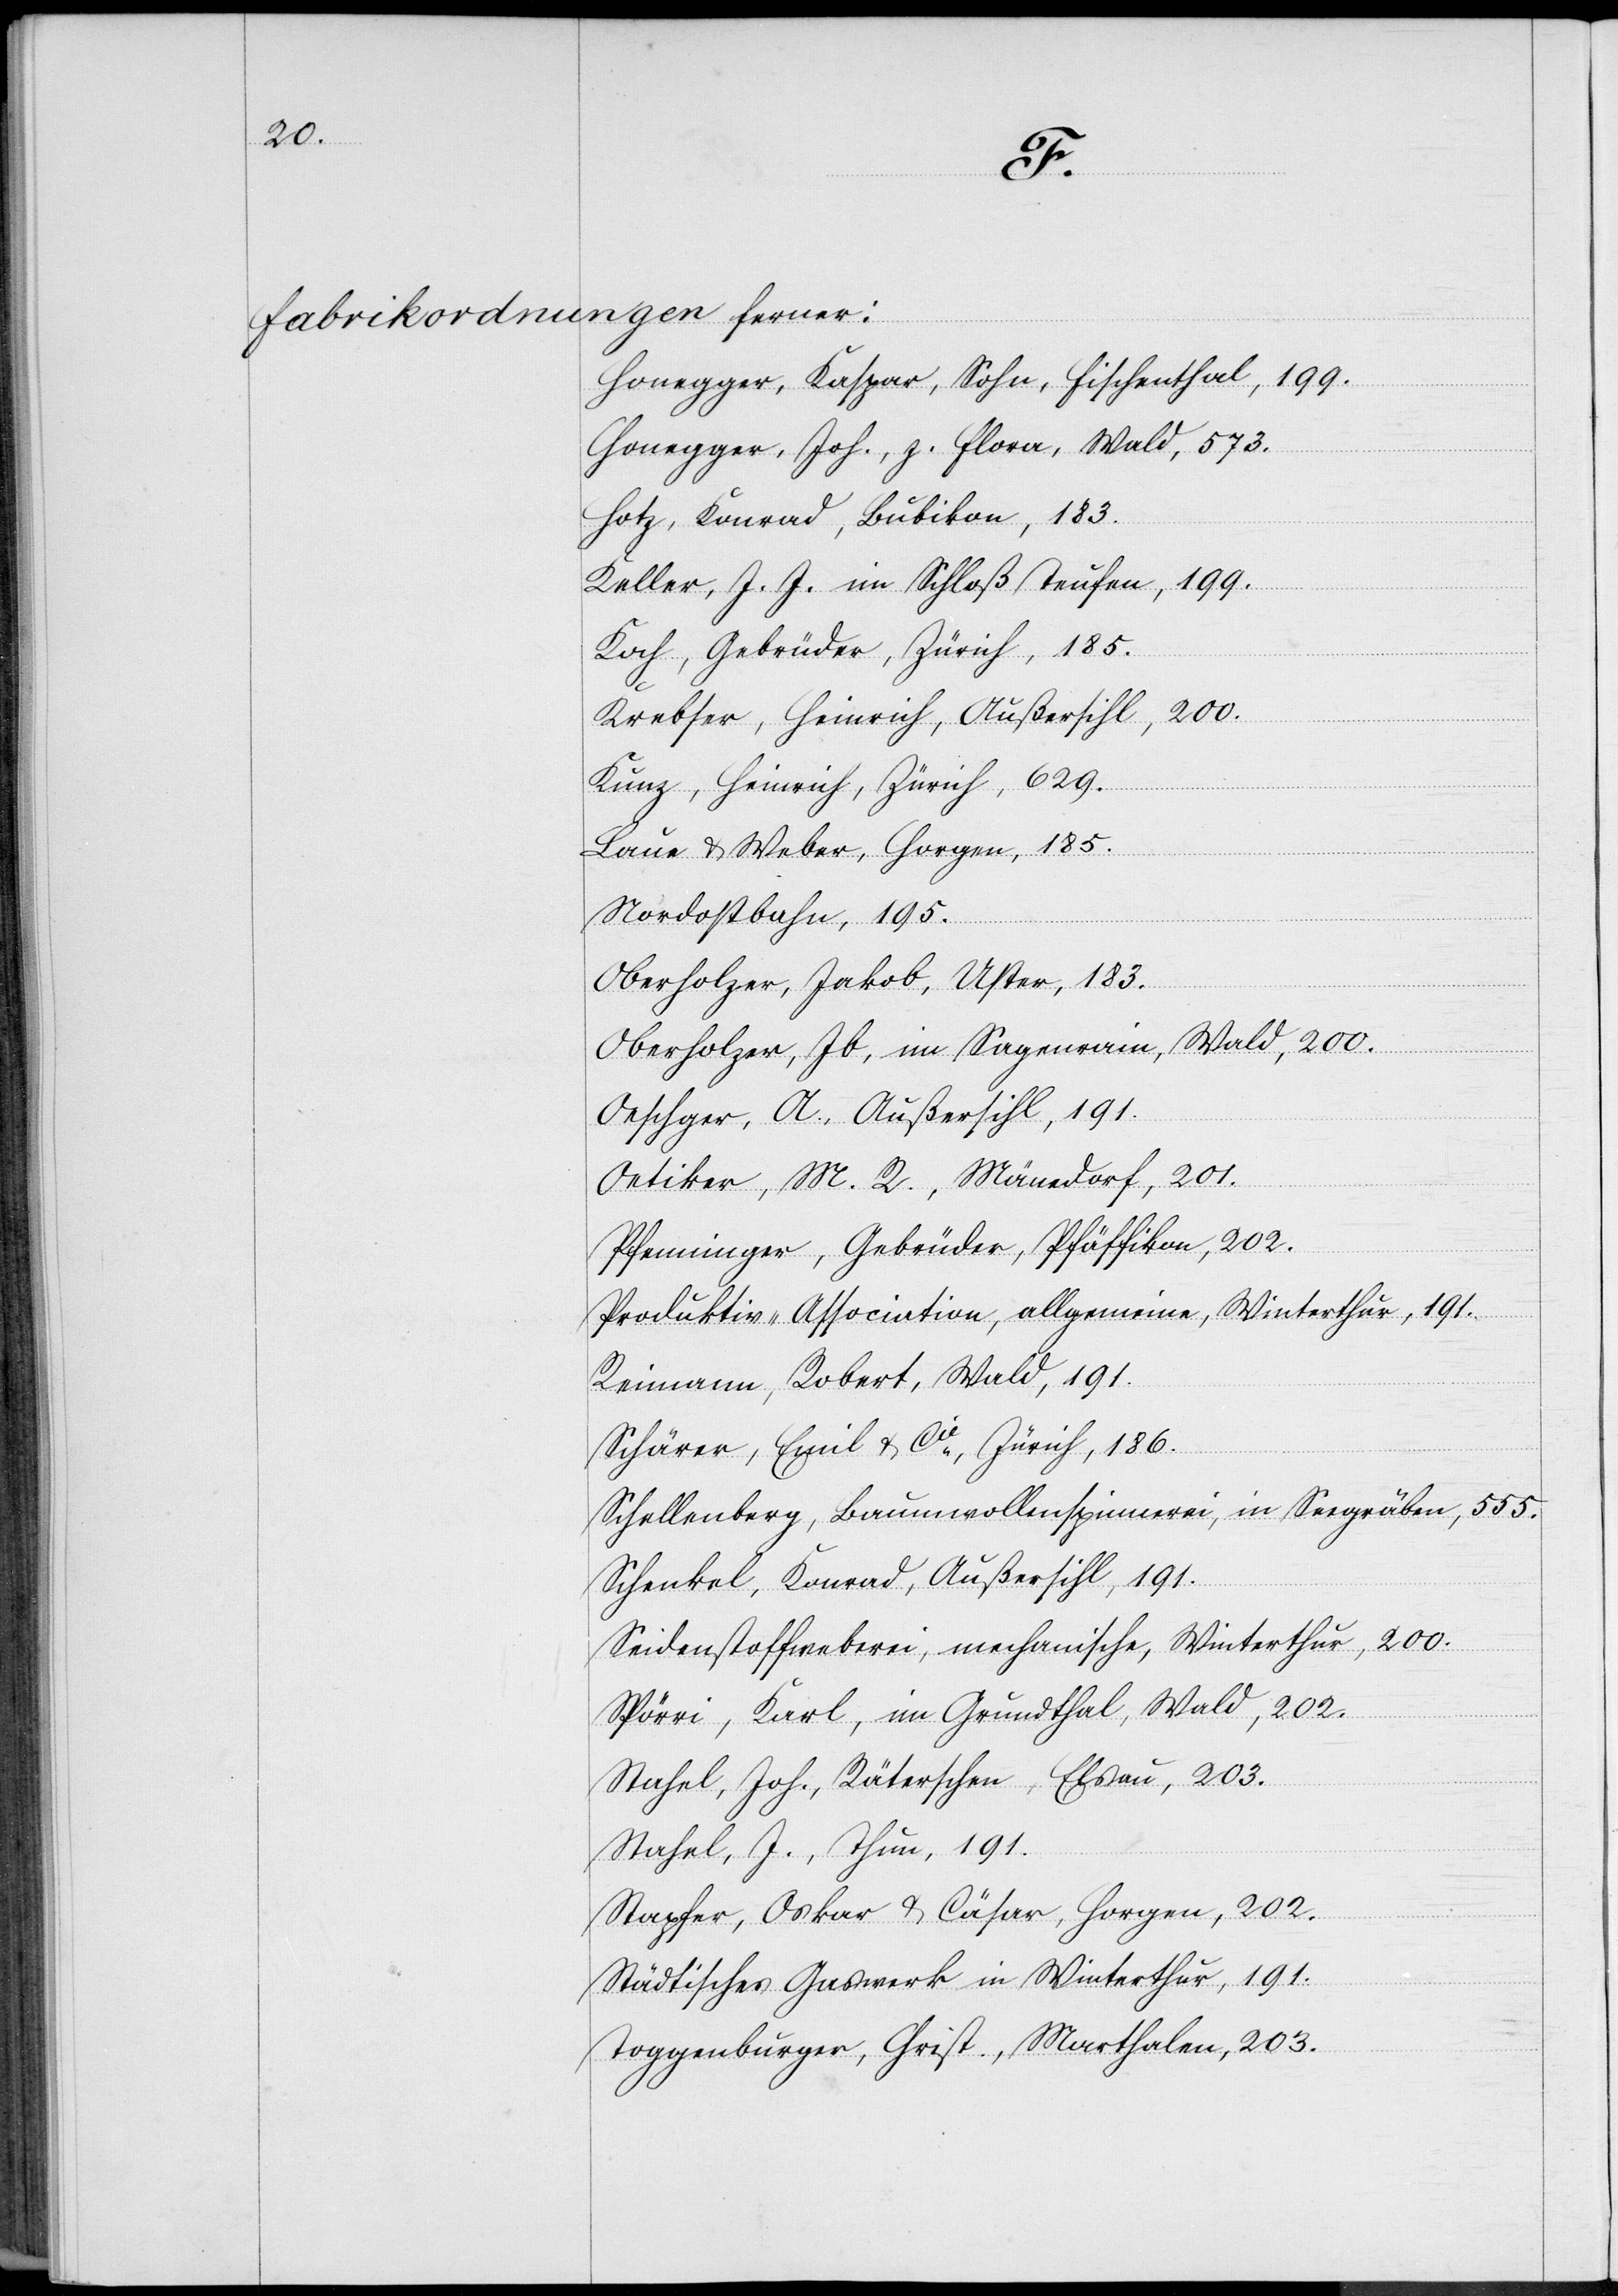
ist
einer
d.
Da
gebeutet